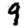
Digit: 9